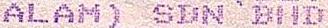
ALAM) SDN BHD